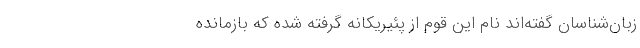
زبان‌شناسان گفته‌اند نام این قوم از پَئیریکانَه گرفته شده که بازمانده